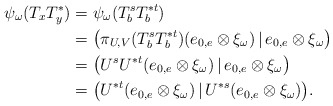
\begin{align*}\psi_\omega(T_xT_y^*)&=\psi_\omega(T_b^sT_b^{*t})\\&=\big(\pi_{U,V}(T_b^sT_b^{*t})(e_{0,e}\otimes \xi_\omega)\,|\,e_{0,e}\otimes \xi_\omega\big)\\&=\big(U^sU^{*t}(e_{0,e}\otimes \xi_\omega)\,|\,e_{0,e}\otimes \xi_\omega\big)\\&=\big(U^{*t}(e_{0,e}\otimes \xi_\omega)\,|\,U^{*s}(e_{0,e}\otimes \xi_\omega)\big).\end{align*}